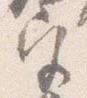
宮